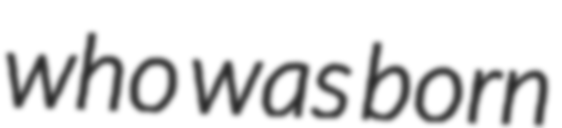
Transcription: who was born